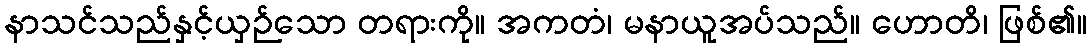
နာသင်သည်နှင့်ယှဉ်သော တရားကို။ အကတံ၊ မနာယူအပ်သည်။ ဟောတိ၊ ဖြစ်၏။